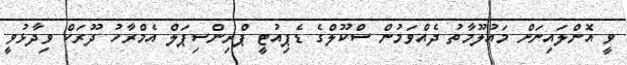
ވީ އޮންލައިނަށް މައުލޫމާތު ދެއްވަމުން ސްކޫލްގެ ޑެޕިއުޓީ ޕްރިންސިޕަލް އެމްރާހު ދޫރަކް ވިދާޅުވީ